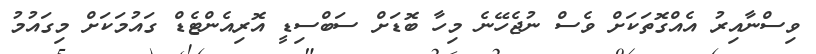
ވިސްނާއިރު އެއްގޮތަކަށް ވެސް ނުޖެހޭނެ މިހާ ބޮޑަށް ސަބްސިޑީ އޮރިއެންޓެޑް ގައުމަކަށް މިގައުމު